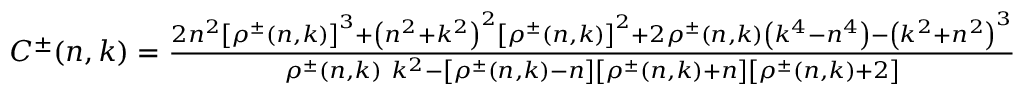
\begin{array} { r } { C ^ { \pm } ( n , k ) = \frac { 2 n ^ { 2 } \left[ \rho ^ { \pm } ( n , k ) \right] ^ { 3 } + \left( n ^ { 2 } + k ^ { 2 } \right) ^ { 2 } \left[ \rho ^ { \pm } ( n , k ) \right] ^ { 2 } + 2 \rho ^ { \pm } ( n , k ) \left( k ^ { 4 } - n ^ { 4 } \right) - \left( k ^ { 2 } + n ^ { 2 } \right) ^ { 3 } } { \rho ^ { \pm } ( n , k ) ~ k ^ { 2 } - \left[ \rho ^ { \pm } ( n , k ) - n \right] \left[ \rho ^ { \pm } ( n , k ) + n \right] \left[ \rho ^ { \pm } ( n , k ) + 2 \right] } } \end{array}